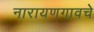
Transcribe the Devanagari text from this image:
नारायणगावचे